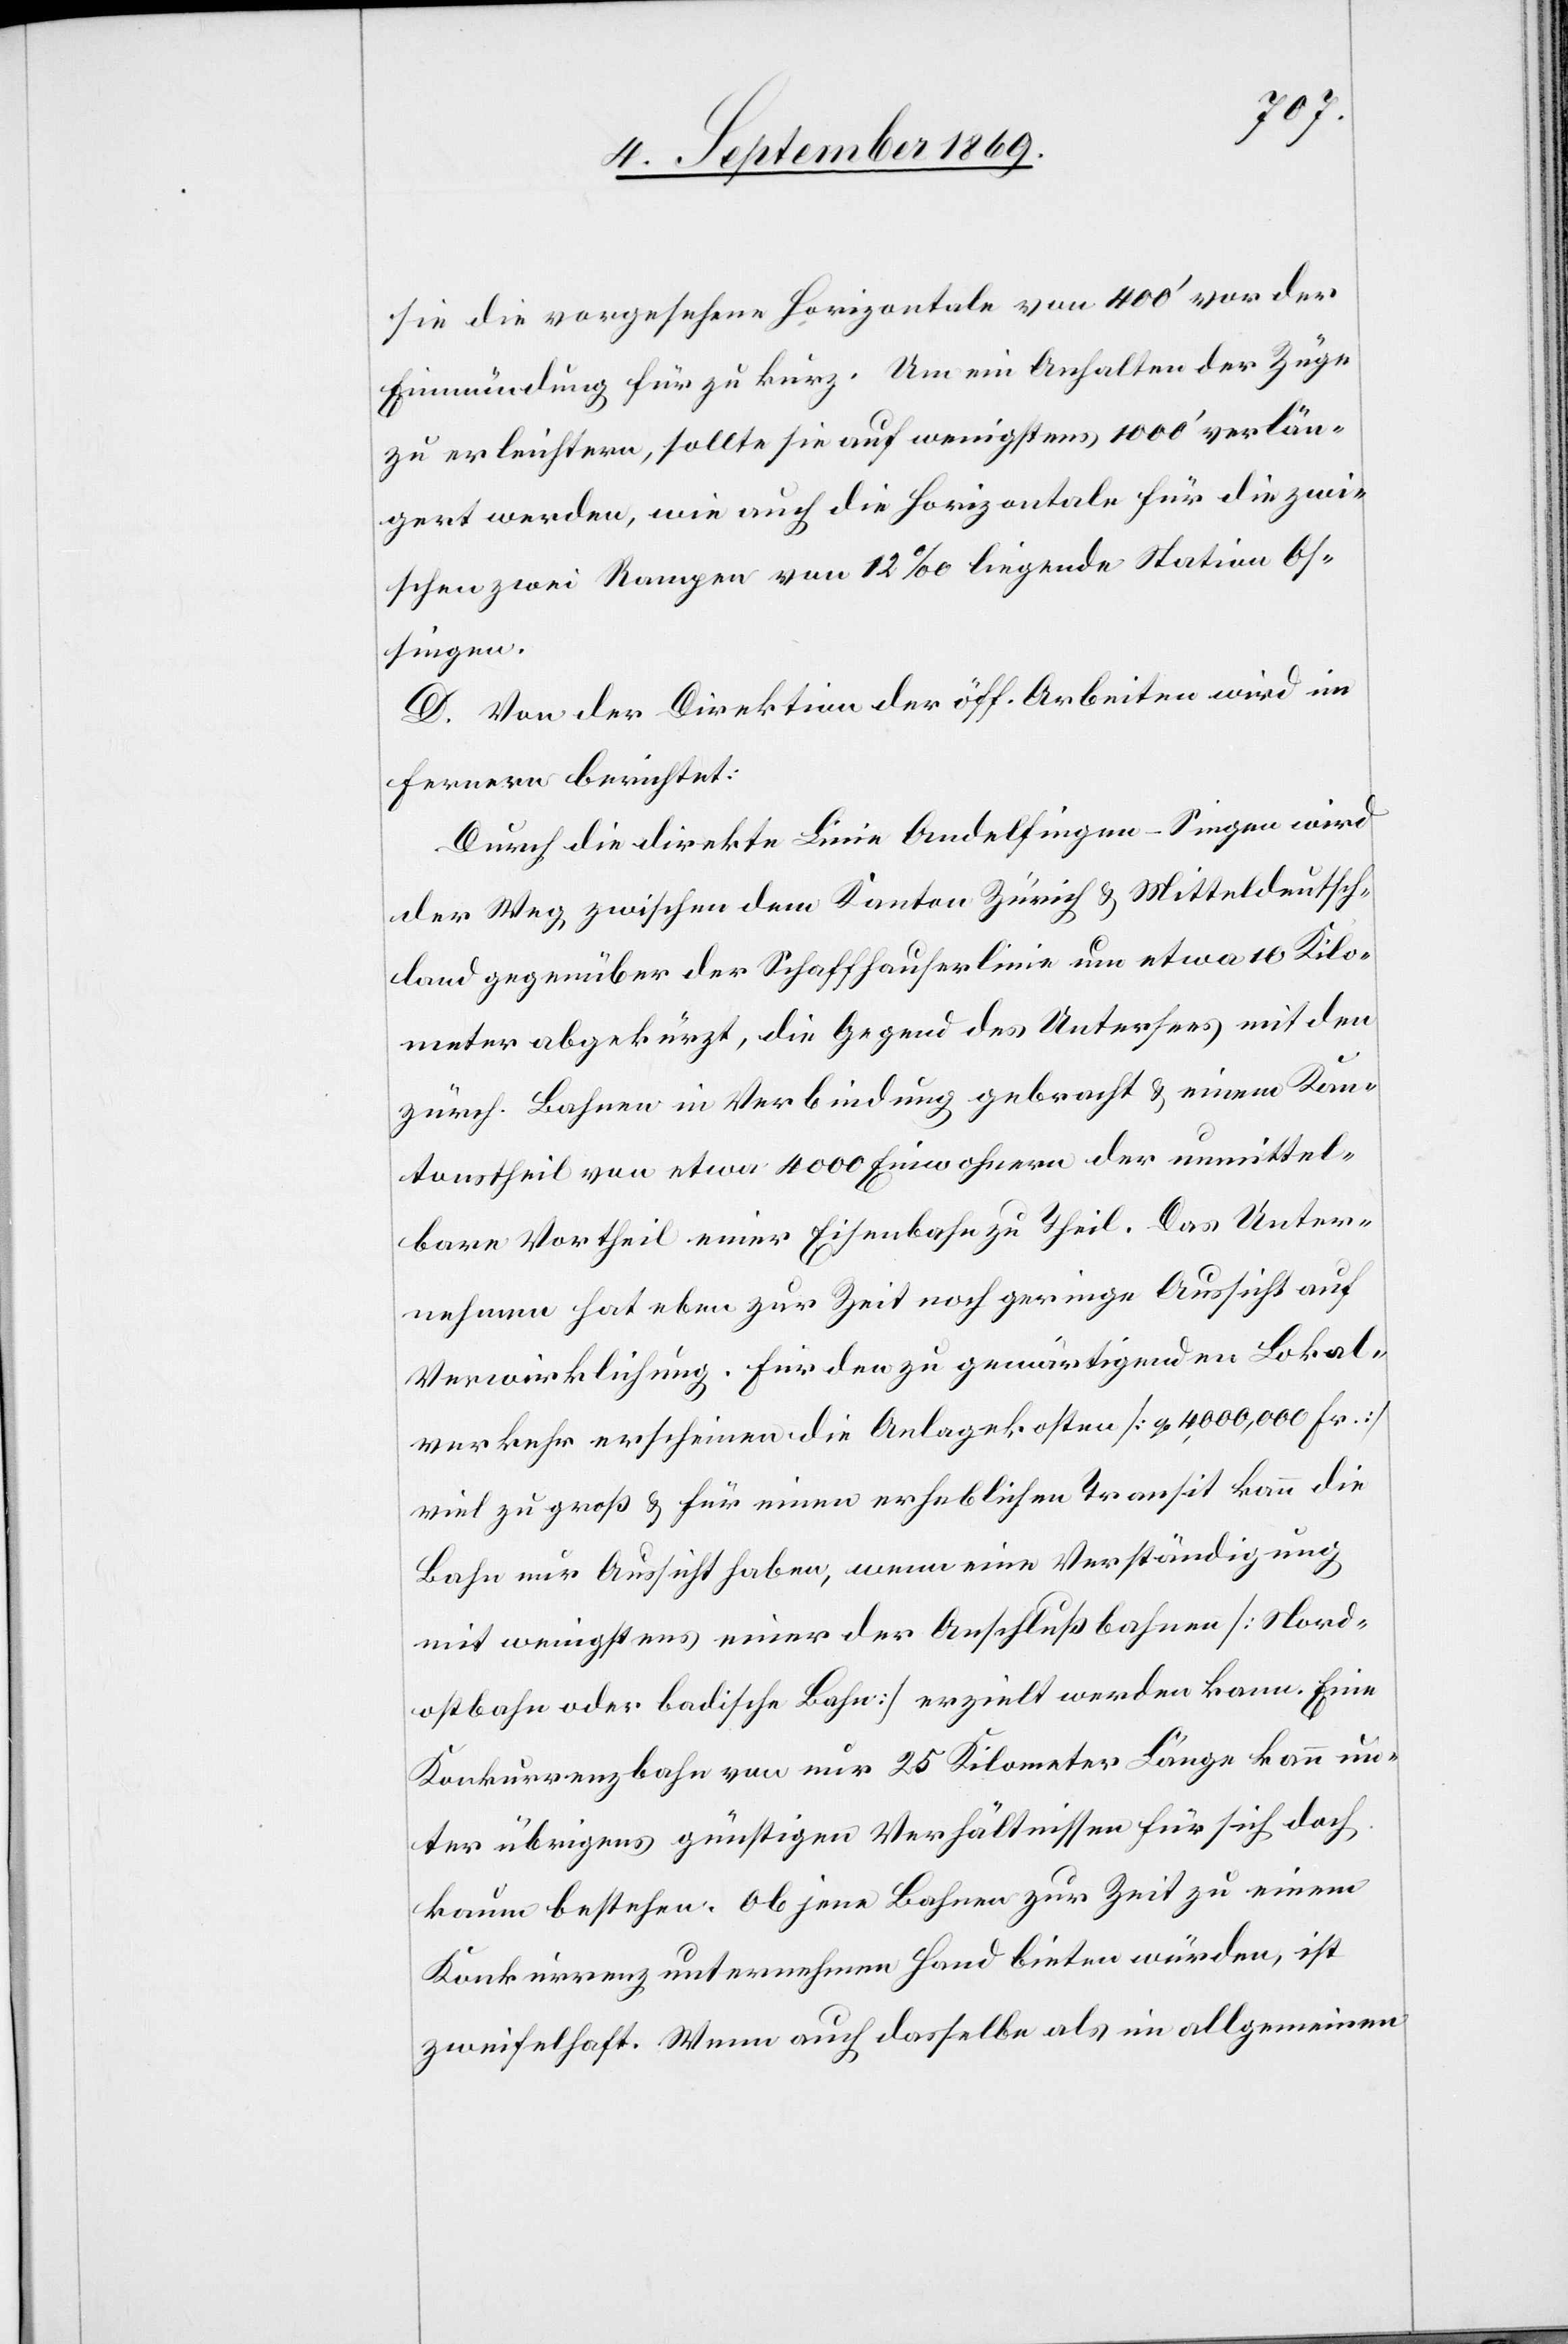
sie die vorgesehene Horizontale von 400‘ vor der
Einmündung für zu kurz. Um ein Anhalten der Züge
zu erleichtern, sollte sie auf wenigstens 1000‘ verlän¬
gert werden, wie auch die Horizontale für die zwi¬
schen zwei Rampen von 12‰ liegende Station Os¬
singen.
D. Von der Direktion der öff. Arbeiten wird im
Fernern berichtet:
Durch die direkte Linie Andelfingen–Singen wird
der Weg zwischen dem Kanton Zürich & Mitteldeutsch¬
land gegenüber der Schaffhauserlinie um etwa 10 Kilo¬
meter abgekürzt, die Gegend des Untersees mit den
zürch. Bahnen in Verbindung gebracht & einem Kan¬
tonstheil von etwa 4000 Einwohnern der unmittel¬
bare Vortheil einer Eisenbahn zu Theil. Das Unter¬
nehmen hat eben zur Zeit noch geringe Aussicht auf
Verwirklichung. Für den zu gewärtigenden Lokal¬
verkehr erscheinen die Anlagekosten [c/a 4,000,000 Fr.]
viel zu groß & für einen erheblichen Transit kann die
Bahn nur Aussicht haben, wenn eine Verständigung
mit wenigstens einer der Anschlußbahnen [Nord¬
ostbahn oder badische Bahn] erzielt werden kann. Eine
Konkurrenzbahn von nur 25 Kilometer Länge kann un¬
ter übrigens günstigen Verhältnissen für sich doch
kaum bestehen. Ob jene Bahnen zur Zeit zu einem
Konkurrenzunternehmen Hand bieten würden, ist
zweifelhaft. Wenn auch dasselbe als im allgemeinen